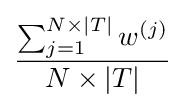
{\frac {\sum _{j=1}^{N\times |T|}w^{(j)}}{N\times |T|}}